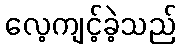
လေ့ကျင့်ခဲ့သည်